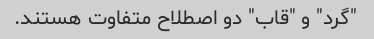
"گرد" و "قاب" دو اصطلاح متفاوت هستند.